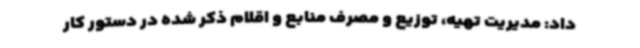
داد: مدیریت تهیه، توزیع و مصرف منابع و اقلام ذکر شده در دستور کار